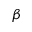
\boldsymbol { \beta }